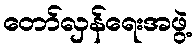
တော်လှန်ရေးအဖွဲ့